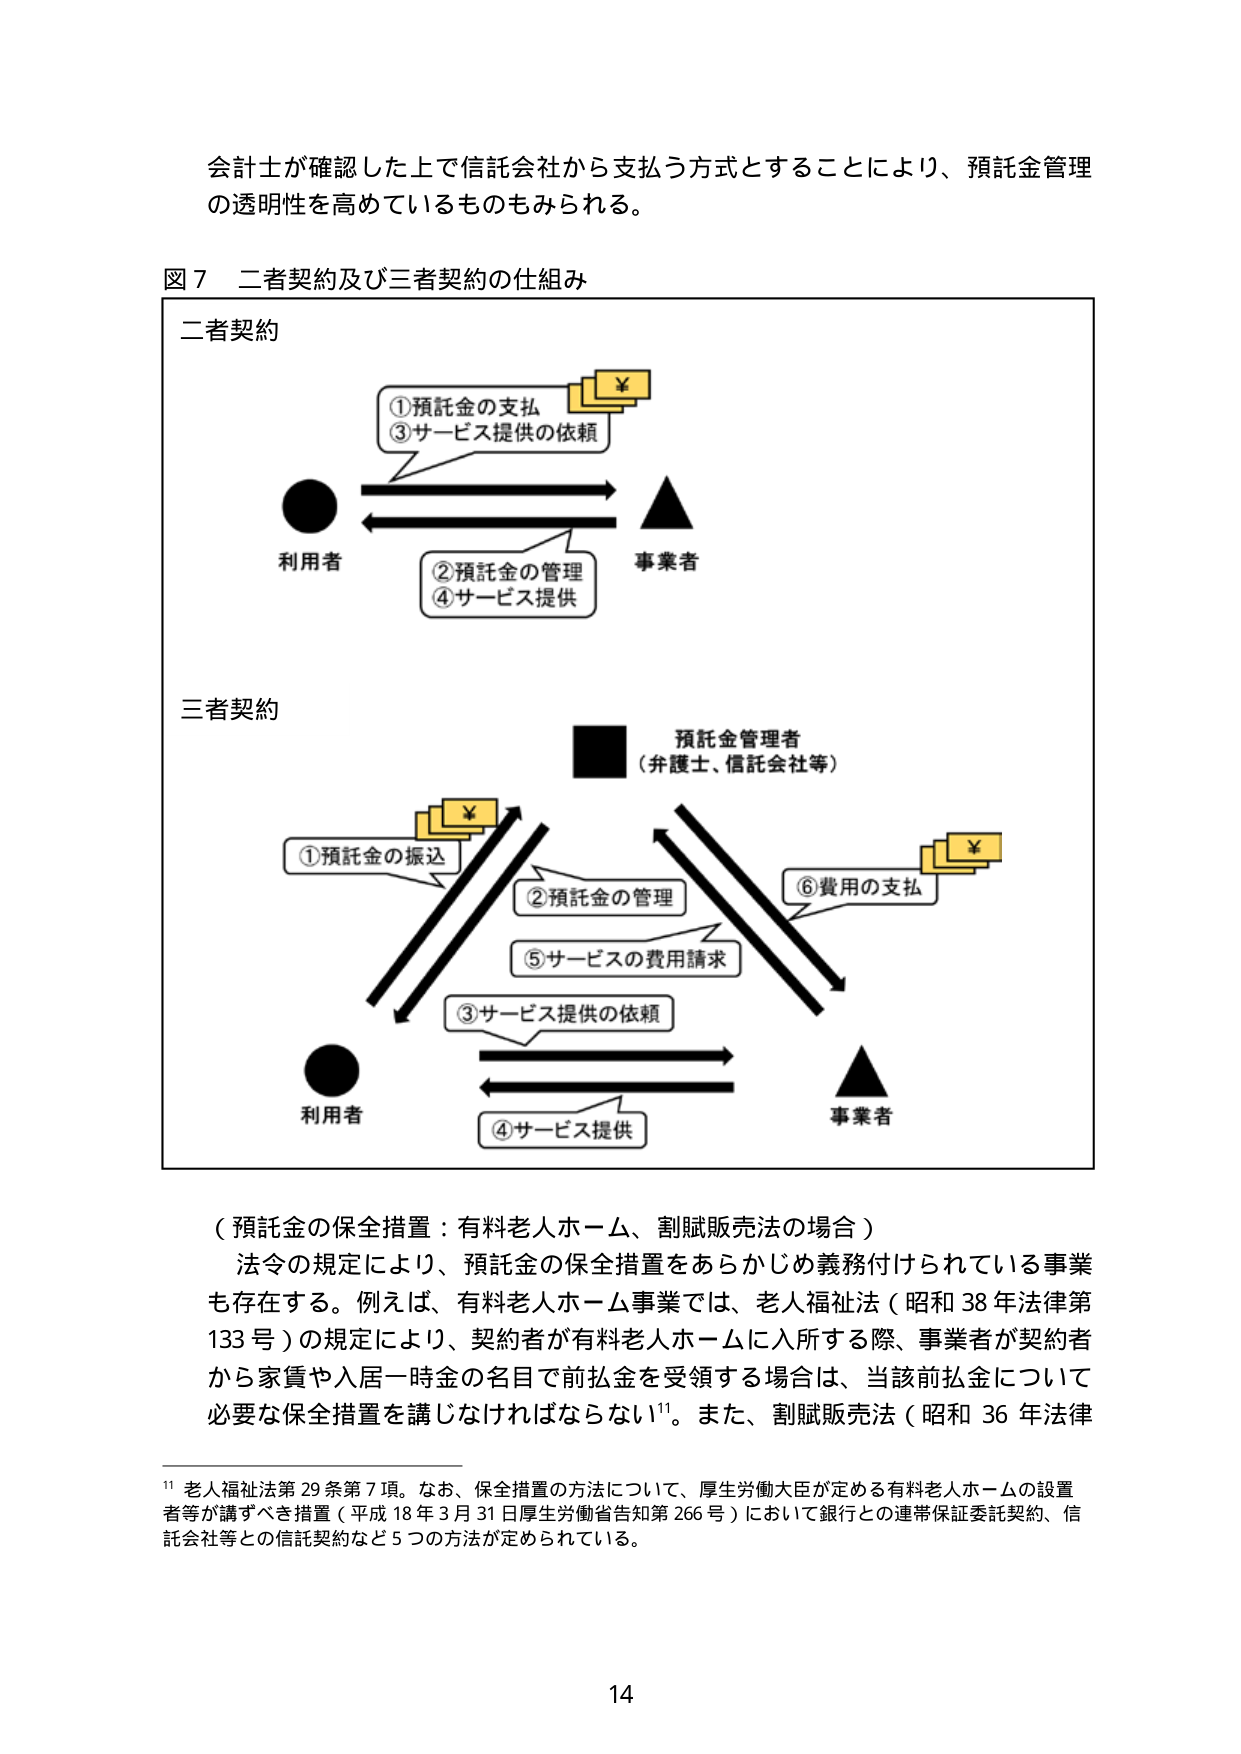
会計士が確認した上で信託会社から支払う方式とすることにより、預託金管理の透明性を高めているものもみられる。

図７ 二者契約及び三者契約の仕組み

二者契約

①預託金の支払
③サービス提供の依頼

利用者

②預託金の管理
④サービス提供

事業者

三者契約

預託金管理者
（弁護士、信託会社等）

①預託金の振込

②預託金の管理

⑤サービスの費用請求

③サービス提供の依頼

利用者

④サービス提供

事業者

（預託金の保全措置：有料老人ホーム、割賦販売法の場合）
法令の規定により、預託金の保全措置をあらかじめ義務付けられている事業も存在する。例えば、有料老人ホーム事業では、老人福祉法（昭和38年法律第133号）の規定により、契約者が有料老人ホームに入所する際、事業者が契約者から家賃や入居一時金の名目で前払金を受領する場合は、当該前払金について必要な保全措置を講じなければならない¹¹。また、割賦販売法（昭和36年法律

¹¹ 老人福祉法第29条第7項。なお、保全措置の方法について、厚生労働大臣が定める有料老人ホームの設置者等が講ずべき措置（平成18年3月31日厚生労働省告示第266号）において銀行との連帯保証委託契約、信託会社等との信託契約など5つの方法が定められている。

14